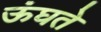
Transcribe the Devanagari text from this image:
ऊंघते